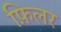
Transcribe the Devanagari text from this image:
फ़िलर